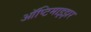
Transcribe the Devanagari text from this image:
ऑप्टिमाइझर